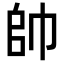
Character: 帥